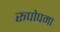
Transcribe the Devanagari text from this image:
रूपोपमा